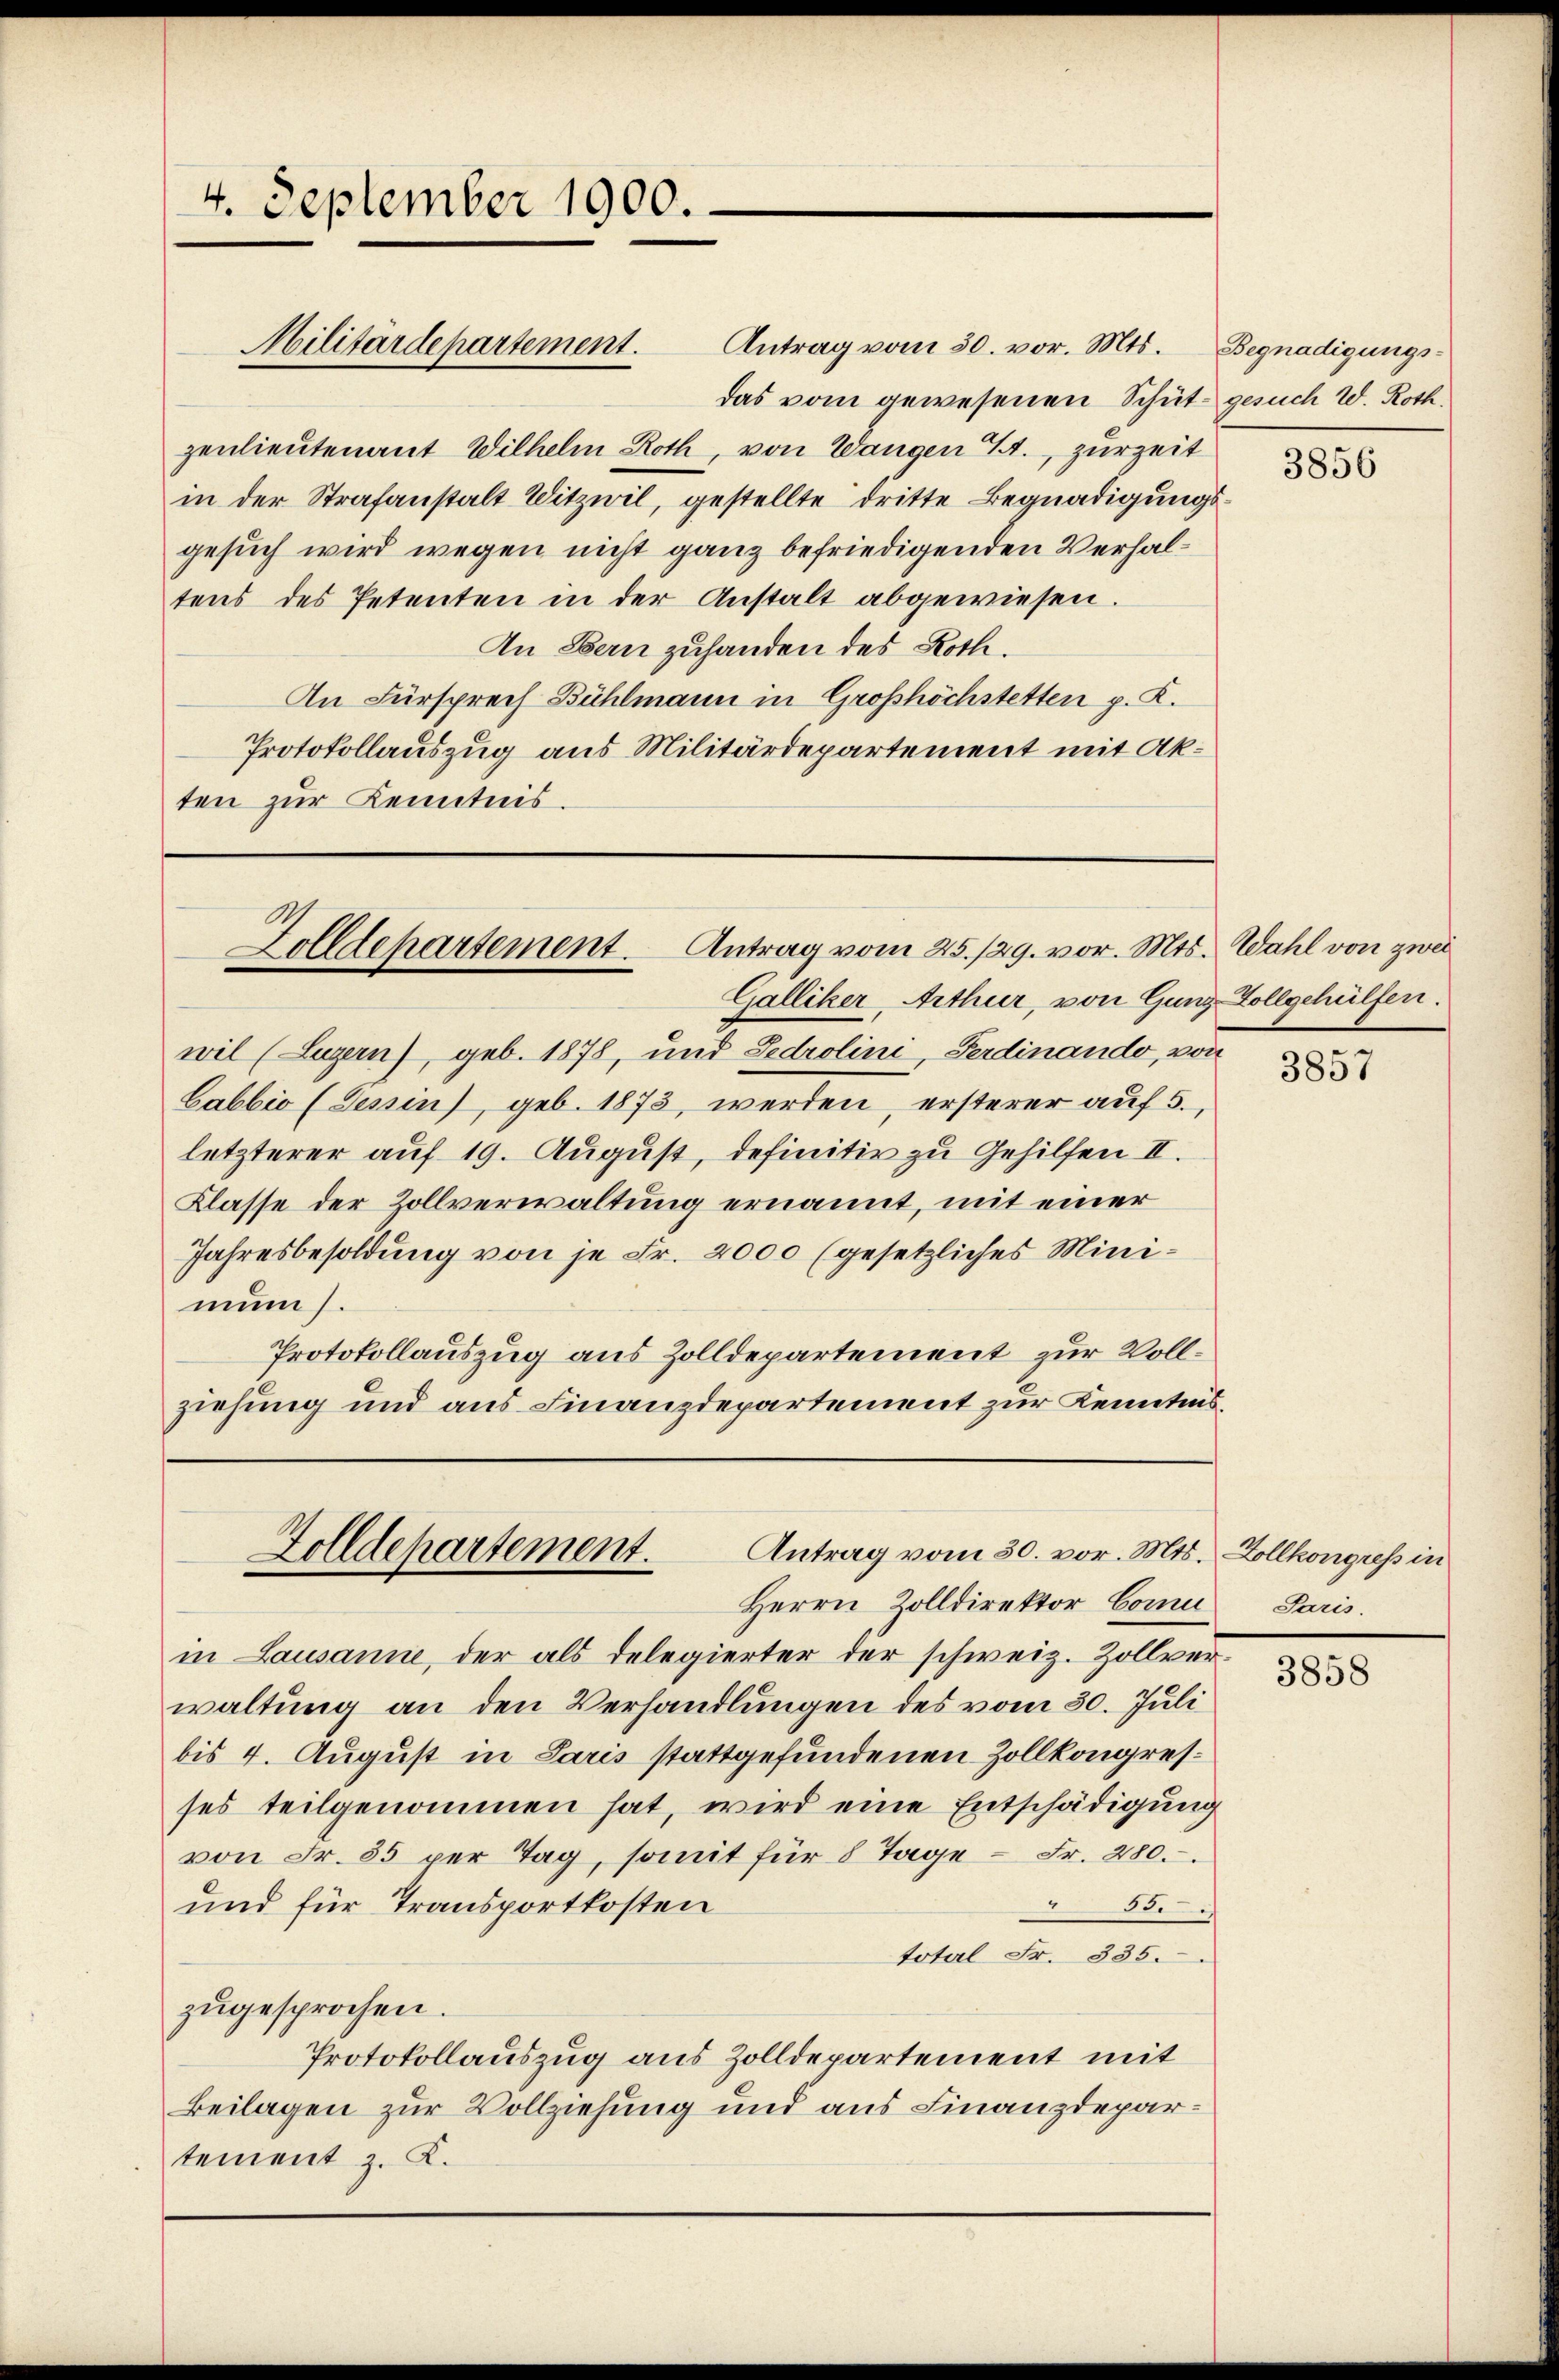
Antrag vom 30. vor. Mts.
das vom gewesenen Schüt- gesuch W. Roth
zenlieutenant Wilhelm Roth, von Wangen S., zurzeit
in der Strafanstalt Witzwil, gestellte dritte Begnadigungsgesuch wird wegen nicht ganz befriedigenden Verhaltens des Petenten in der Anstalt abgewiesen.
An Ebern zuhanden des Roth.
An Fürsprech Bühlmann in Großhöchstetten p. K.
Protokollauszug aus Militärdepartement mit Akten zur Kenntnis.

4. September 1900.

Militärdepartement.

Zolldepartement. Antrag vom 25. 129. vor. Mts. Wahl von zwei

Galliker, Arthur, von Gunz Zollgehülfen.
wil (Luzern), geb. 1878, und Fedrolini, Ferdinando, von
Cabbio (Tessin, geb. 1873, werden, ersterer auf 5.,
letzterer auf 19. August, definitiv zu Gehilfen II.
Klasse der Zollverwaltung ernannt, mit einer
Jahresbesoldung von je Fr. 2000 (gesetzliches Minimuns.
Protokollauszug aus Zolldepartement zur Vollziehung und aus Finanzdepartement zur Kenntnis

Antrag vom 30. vor. Mts. Zollkongress in
Zolldepartement.

Herrn Zolldirektor Comm
in Lausanne, der als delegierter der schweiz. Zollverwaltung an den Verhandlungen des vom 30. Juli
bis 4. August in Paris stattgefundenen Zollkongresses teilgenommen hat, wird eine Entschädigung
von Fr. 85 per Tag, somit für 8 Tage - Fr. 280.
8
und für Transportkosten
total Fr. 335.
zŭgesprochen.
Protokollauszug aus Zolldepartement mit
Beilagen zur Vollziehung und aus Finanzdepartement z. K.

Begnadigungs-

3856

3857

Paris.

3858